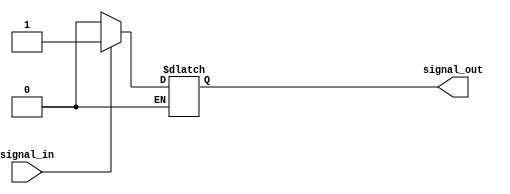
module TTL_Buffer(
    input wire signal_in,
    output reg signal_out
);

// TTL voltage levels
parameter LOW = 1'b0;
parameter HIGH = 1'b1;

// TTL buffer logic
always @(signal_in)
begin
    if (signal_in == LOW)
        signal_out <= LOW;
    else if (signal_in == HIGH)
        signal_out <= HIGH;
end

endmodule